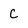
Character: C